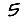
Digit: 5